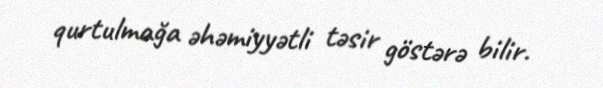
qurtulmağa əhəmiyyətli təsir göstərə bilir.